Civil Veterinary Department. Madras. Admin. report 1910-25 - 1910-1925
Year: 1910
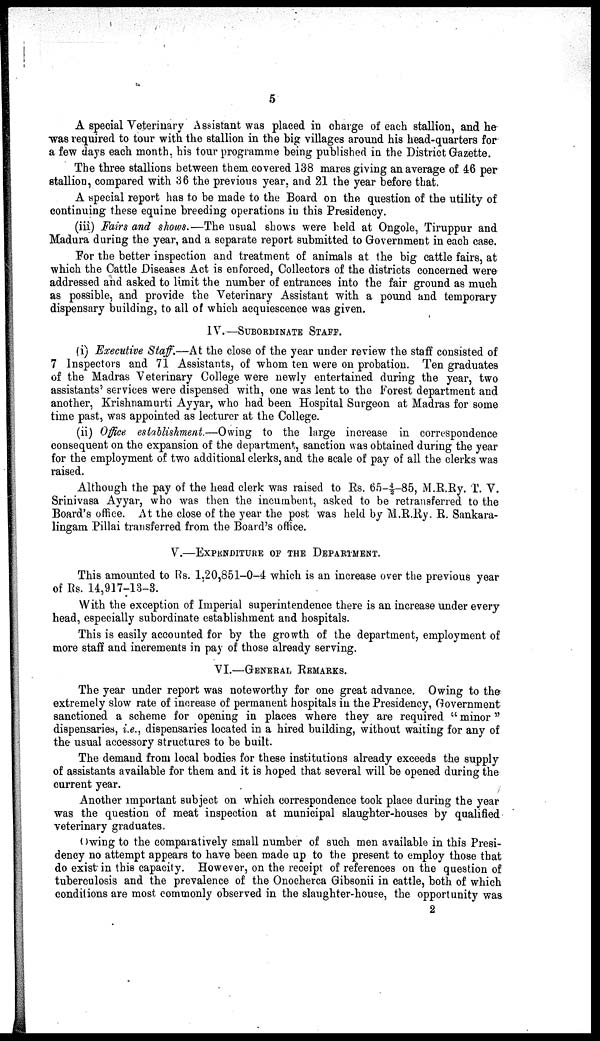
5
A special Veterinary Assistant was placed in charge of each stallion, and he
was required to tour with the stallion in the big villages around his head-quarters for
a few days each month, his tour programme being published in the District Gazette.
The three stallions between them covered 138 mares giving an average of 46 per
stallion, compared with 36 the previous year, and 21 the year before that.
A special report has to be made to the Board on the question of the utility of
continuing these equine breeding operations in this Presidency.
(iii) Fairs and shows.—The usual shows were held at Ongole, Tiruppur and
Madura during the year, and a separate report submitted to Government in each case.
For the better inspection and treatment of animals at the big cattle fairs, at
which the Cattle Diseases Act is enforced, Collectors of the districts concerned were
addressed and asked to limit the number of entrances into the fair ground as much
as possible, and provide the Veterinary Assistant with a pound and temporary
dispensary building, to all of which acquiescence was given.
IV.—SUBORDINATE STAFF.
(i) Executive Staff.—At the close of the year under review the staff consisted of
7 Inspectors and 71 Assistants, of whom ten were on probation. Ten graduates
of the Madras Veterinary College were newly entertained during the year, two
assistants' services were dispensed with, one was lent to the Forest department and
another, Krishnamurti Ayyar, who had been Hospital Surgeon at Madras for some
time past, was appointed as lecturer at the College.
(ii) Office establishment.—Owing to the large increase in correspondence
consequent on the expansion of the department, sanction was obtained during the year
for the employment of two additional clerks, and the scale of pay of all the clerks was
raised.
Although the pay of the head clerk was raised to Rs. 65—4/2—85, M.R.Ry. T. V.
Srinivasa Ayyar, who was then the incumbent, asked to be retransferred to the
Board's office. At the close of the year the post was held by M.R.Ry. R. Sankara-
lingam Pillai transferred from the Board's office.
V.—EXPENDITURE OF THE DEPARTMENT.
This amounted to Rs. 1,20,851-0-4 which is an increase over the previous year
of Rs. 14,917-13-3.
With the exception of Imperial superintendence there is an increase under every
head, especially subordinate establishment and hospitals.
This is easily accounted for by the growth of the department, employment of
more staff and increments in pay of those already serving.
VI.—GENERAL REMARKS.
The year under report was noteworthy for one great advance. Owing to the
extremely slow rate of increase of permanent hospitals in the Presidency, Government
sanctioned a scheme for opening in places where they are required "minor"
dispensaries, i.e., dispensaries located in a hired building, without waiting for any of
the usual accessory structures to be built.
The demand from local bodies for these institutions already exceeds the supply
of assistants available for them and it is hoped that several will be opened during the
current year.
Another important subject on which correspondence took place during the year
was the question of meat inspection at municipal slaughter-houses by qualified
veterinary graduates.
Owing to the comparatively small number of such men available in this Presi-
dency no attempt appears to have been made up to the present to employ those that
do exist in this capacity. However, on the receipt of references on the question of
tuberculosis and the prevalence of the Onocherca Gibsonii in cattle, both of which
conditions are most commonly observed in the slaughter-house, the opportunity was
2